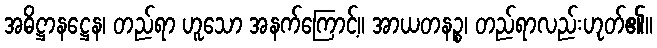
အဓိဋ္ဌာနဋ္ဌေန၊ တည်ရာ ဟူသော အနက်ကြောင့်။ အာယတနဉ္စ၊ တည်ရာလည်းဟုတ်၏။